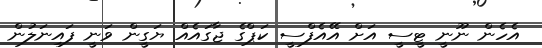
އެހެން ނޫނީ ޓީސީ އަށް އޭއެފްސީ ކަޕްގެ ޖާގައެއް ޔަގީން ވަނީ ފައިނަލުން